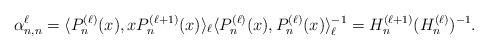
LaTeX: \begin{align*}\alpha_{n,n}^\ell=\langle P_n^{(\ell)}(x), xP_n^{(\ell+1)}(x)\rangle_\ell\langle P_n^{(\ell)}(x),P_n^{(\ell)}(x)\rangle_\ell^{-1}=H_{n}^{(\ell+1)}(H_{n}^{(\ell)})^{-1}.\end{align*}